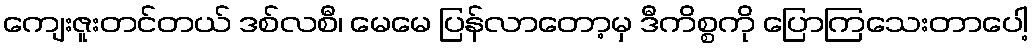
ကျေးဇူးတင်တယ် ဒစ်လစီ၊ မေမေ ပြန်လာတော့မှ ဒီကိစ္စကို ပြောကြသေးတာပေါ့